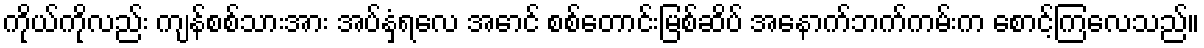
ကိုယ်ကိုလည်း ကျန်စစ်သားအား အပ်နှံရလေ အောင် စစ်တောင်းမြစ်ဆိပ် အနောက်ဘက်ကမ်းက စောင့်ကြလေသည်။